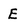
Character: E